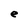
Character: e